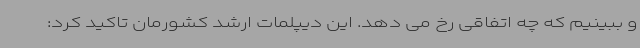
و ببینیم که چه اتفاقی رخ می دهد. این دیپلمات ارشد کشورمان تاکید کرد: